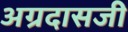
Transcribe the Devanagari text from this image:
अग्रदासजी